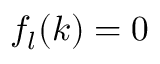
f _ { l } ( k ) = 0